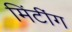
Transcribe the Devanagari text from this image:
मिंटींग